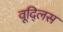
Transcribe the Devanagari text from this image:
वूद्लिस